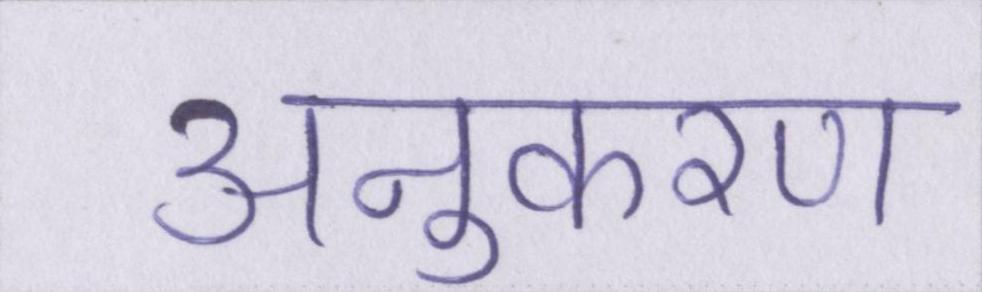
अनुकरण